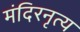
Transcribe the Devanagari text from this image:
मंदिरनृत्य